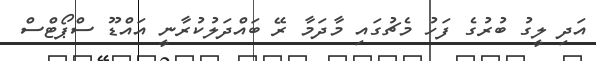
އަދި ލީގު ބުރުގެ ފަހު މެޗުގައި މާދަމާ ރޭ ބައްދަލުކުރާނީ އައްޑޫ ސްޕޯޓްސް